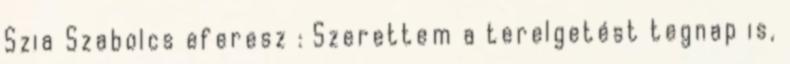
Szia Szabolcs eferesz : Szerettem a terelgetést tegnap is,